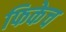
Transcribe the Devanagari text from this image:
फिकेच